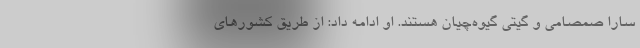
سارا صمصامی و گیتی گیوه‌چیان هستند. او ادامه داد: از طریق کشور‌های